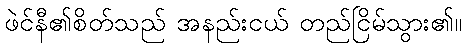
ဖဲင်နီ၏စိတ်သည် အနည်းငယ် တည်ငြိမ်သွား၏။